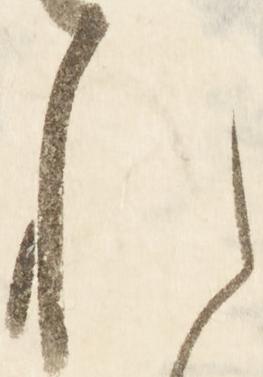
れ